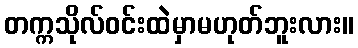
တက္ကသိုလ်ဝင်းထဲမှာမဟုတ်ဘူးလား။